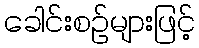
ခေါင်းစဉ်များဖြင့်